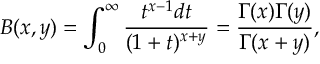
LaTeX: B ( x , y ) = \int _ { 0 } ^ { \infty } \frac { t ^ { x - 1 } d t } { ( 1 + t ) ^ { x + y } } = \frac { \Gamma ( x ) \Gamma ( y ) } { \Gamma ( x + y ) } ,